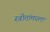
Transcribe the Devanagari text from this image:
स्त्रोतांमधला